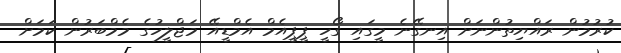
ކުރުމުން ރައްޔިތުންނަށް އިނގޭނެ މީގައި ގޯހީ ޕީޕީއެމް އެމްޑީއޭ މަޖްލީހުގެ މެމްބަރުން ކަމަށް